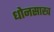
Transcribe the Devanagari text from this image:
धोनसाख